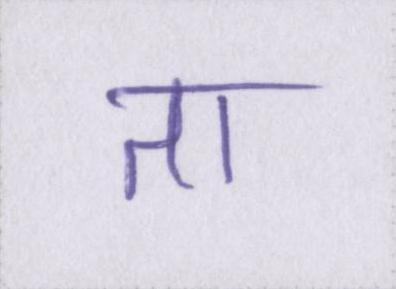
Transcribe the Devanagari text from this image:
ता